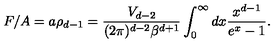
F / A = a \rho _ { d - 1 } = \frac { V _ { d - 2 } } { ( 2 \pi ) ^ { d - 2 } \beta ^ { d + 1 } } \int _ { 0 } ^ { \infty } d x \frac { x ^ { d - 1 } } { e ^ { x } - 1 } .